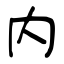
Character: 内